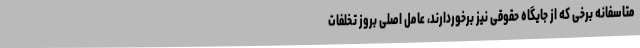
متاسفانه برخی که از جایگاه حقوقی نیز برخوردارند، عامل اصلی بروز تخلفات